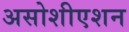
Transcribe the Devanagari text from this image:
असोशीएशन